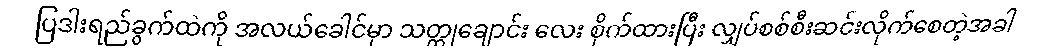
ပြဒါးရည်ခွက်ထဲကို အလယ်ခေါင်မှာ သတ္ထုချောင်း လေး စိုက်ထားပြီး လျှပ်စစ်စီးဆင်းလိုက်စေတဲ့အခါ